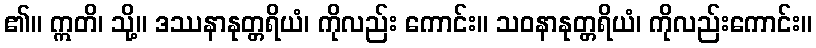
၏။ ဣတိ၊ သို့။ ဒဿနာနုတ္တရိယံ၊ ကိုလည်း ကောင်း။ သဝနာနုတ္တရိယံ၊ ကိုလည်းကောင်း။